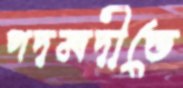
পদমদীতে